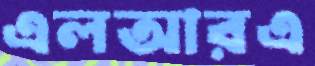
এলআরএ